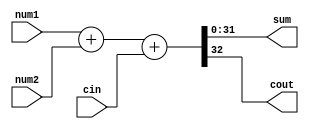
module fulladder_32bit( output[31:0] sum, output cout, input [31:0] num1, input [31:0] num2, input cin );

    assign {cout,sum} = num1+num2+cin;

endmodule